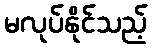
မလုပ်နိုင်သည့်